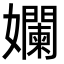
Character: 孄